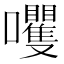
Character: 𫬻